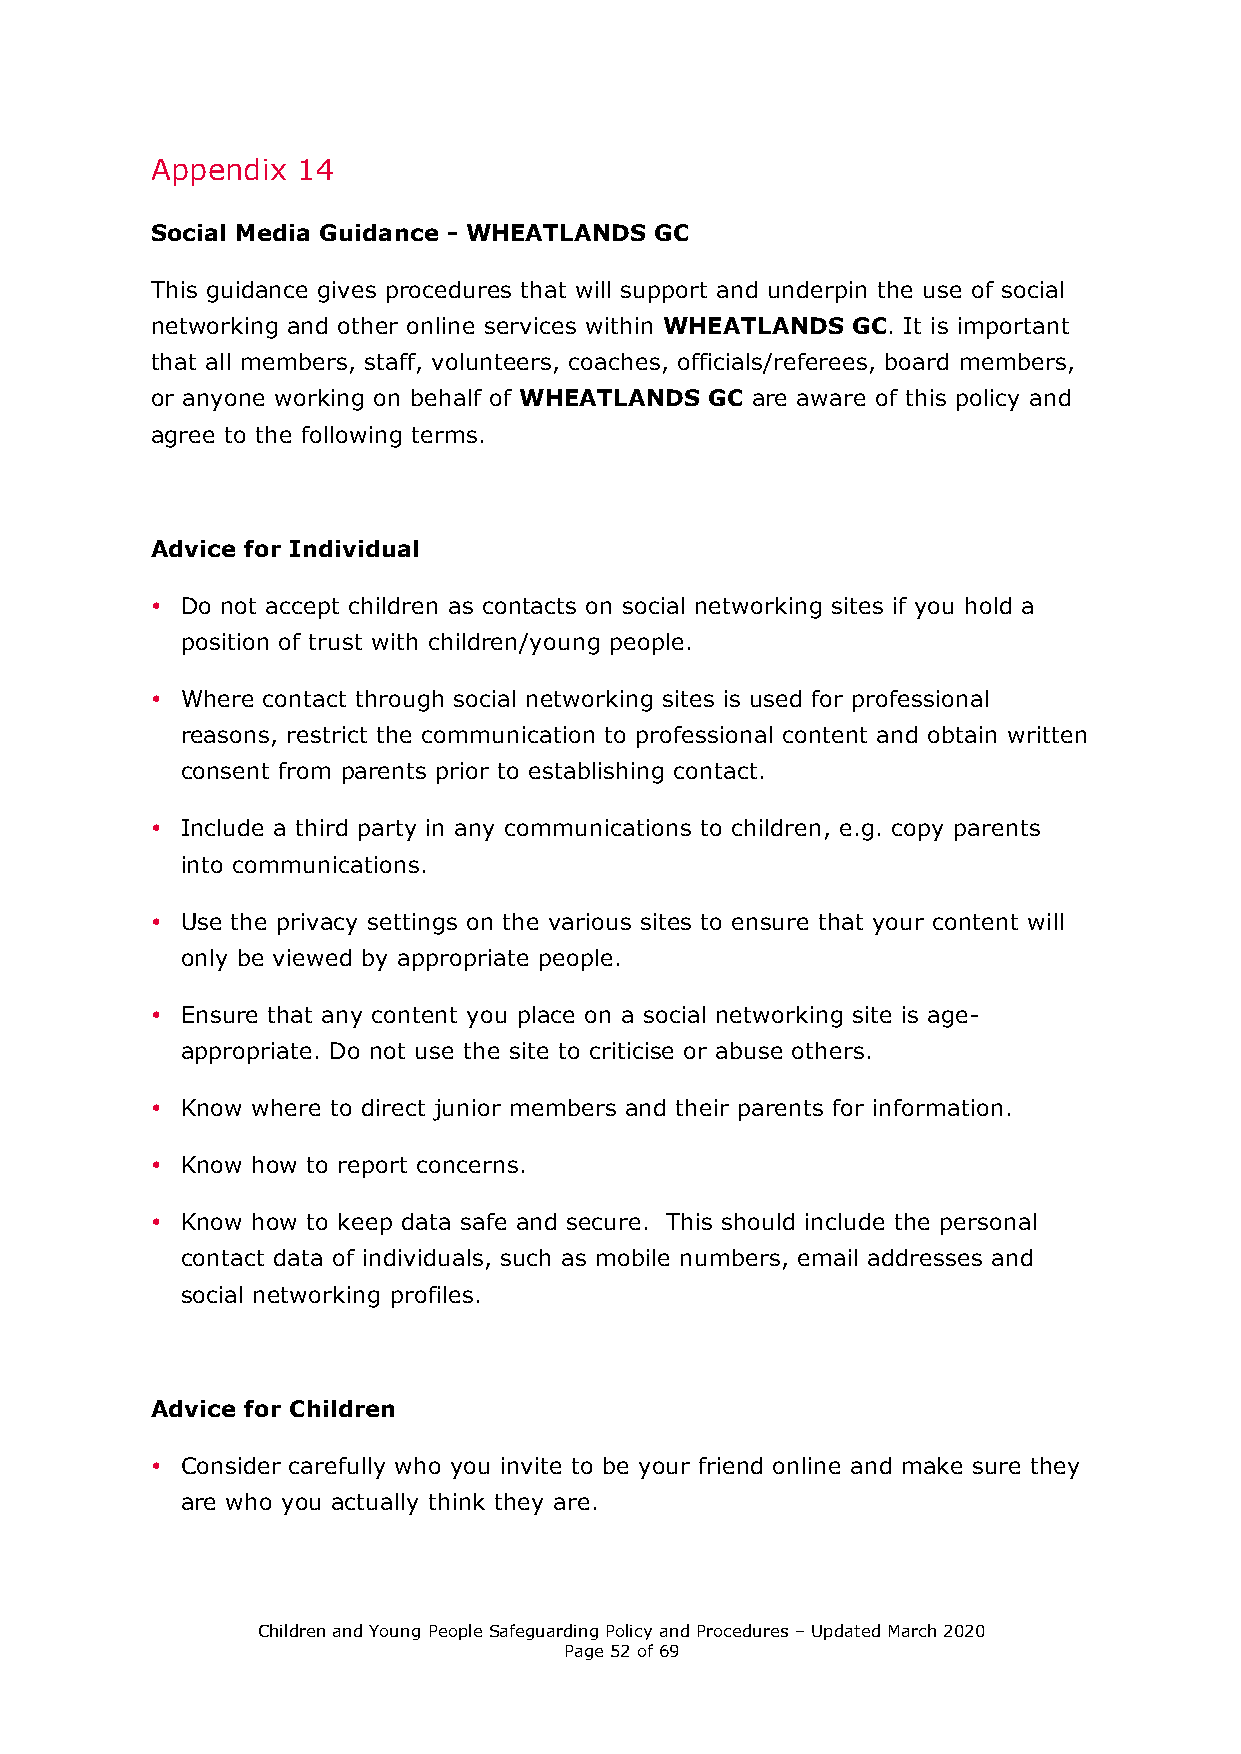
Appendix  14
 Social Media Guidance - WHEATLANDS GC
 This guidance gives procedures that will support and underpin the use of social
 networking and other online services within WHEATLANDS GC. It is important
 that all members, staff, volunteers, coaches, officials/referees, board members,
 or anyone working on behalf of WHEATLANDS GC are aware of this policy and
 agree to the following terms.
 Advice for Individual
 • Do not accept children as contacts on social networking sites if you hold a
 position of trust with children/young people.
 • Where contact through social networking sites is used for professional
 reasons, restrict the communication to professional content and obtain written
 consent from parents prior to establishing contact.
 • Include a third party in any communications to children, e.g. copy parents
 into communications.
 • Use the privacy settings on the various sites to ensure that your content will
 only be viewed by appropriate people.
 • Ensure that any content you place on a social networking site is age-
 appropriate. Do not use the site to criticise or abuse others.
 • Know where to direct junior members and their parents for information.
 • Know how to report concerns.
 • Know how to keep data safe and secure. This should include the personal
 contact data of individuals, such as mobile numbers, email addresses and
 social networking profiles.
 Advice for Children
 • Consider carefully who you invite to be your friend online and make sure they
 are who you actually think they are.
 Children and Young People Safeguarding Policy and Procedures – Updated March 2020
 Page 52 of 69